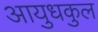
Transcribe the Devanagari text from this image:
आयुधकुल